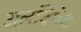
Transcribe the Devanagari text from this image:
अलटिमेट